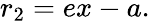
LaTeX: r_{2}=ex-a.\,